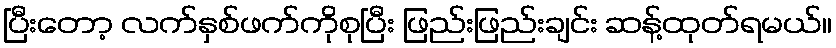
ပြီးတော့ လက်နှစ်ဖက်ကိုစုပြီး ဖြည်းဖြည်းချင်း ဆန့်ထုတ်ရမယ်။